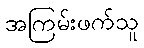
အကြမ်းဖက်သူ